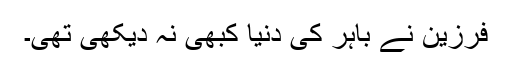
فرزین نے باہر کی دُنیا کبھی نہ دیکھی تھی۔